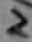
Text: 2